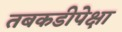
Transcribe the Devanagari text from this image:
तबकडीपेक्षा